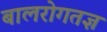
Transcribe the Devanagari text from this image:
बालरोगतज्ञ